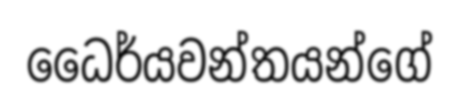
ධෛර්යවන්තයන්ගේ